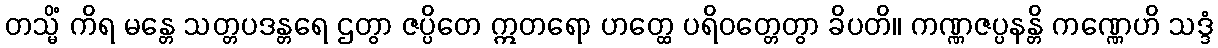
တသ္မိံ ကိရ မန္တေ သတ္တပဒန္တရေ ဌတွာ ဇပ္ပိတေ ဣတရော ဟတ္ထေ ပရိဝတ္တေတွာ ခိပတိ။ ကဏ္ဏဇပ္ပနန္တိ ကဏ္ဏေဟိ သဒ္ဒံ